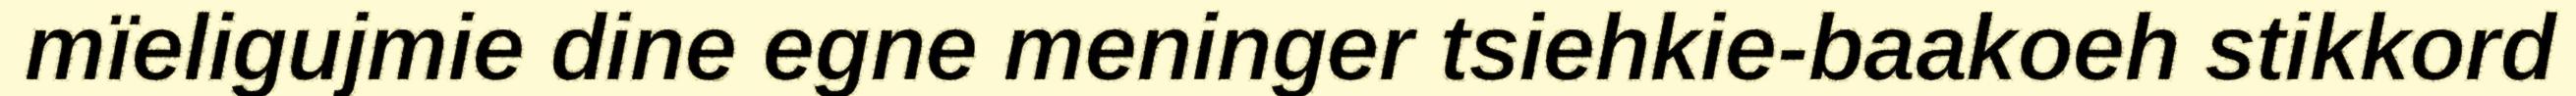
mïeligujmie dine egne meninger tsiehkie-baakoeh stikkord